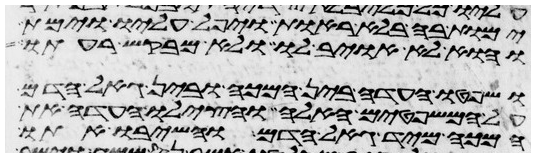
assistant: ימות בה בלא ראות ויפל עליו וימת
והוא לא אויב לו ולא מבקש רעתו
ושפטו העדה בין המכה ובין גאל הדם
על המשפטים האלה והצילו העדה את
המכה מיד גאל הדם והשיבו אתו